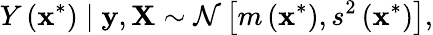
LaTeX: Y\left(\mathbf{x}^{*}\right)\mid\mathbf{y},\mathbf{X}\sim\mathcal{N}\left[m\left(\mathbf{x}^{*}\right),s^{2}\left(\mathbf{x}^{*}\right)\right],